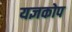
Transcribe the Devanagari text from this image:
यज्ञकोप